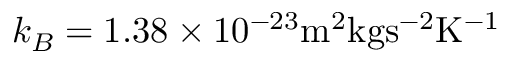
k _ { B } = 1 . 3 8 \times 1 0 ^ { - 2 3 } \mathrm { m ^ { 2 } k g s ^ { - 2 } K ^ { - 1 } }